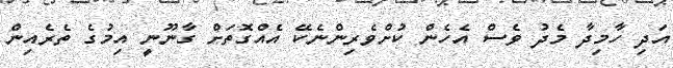
އަދި ހާމިދާ މެދު ވެސް އެހެން ކުށްވެރިންނެކޭ އެއްގޮތަށް ގާނޫނީ އިމުގެ ތެރެއިން